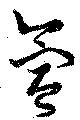
氳